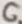
Text: 6